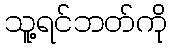
သူ့ရင်ဘတ်ကို